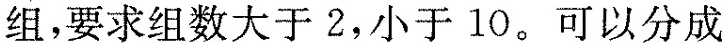
组，要求组数大于2，小于10。可以分成